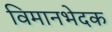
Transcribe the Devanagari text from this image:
विमानभेदक